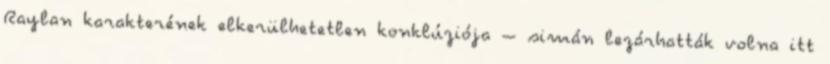
Raylan karakterének elkerülhetetlen konklúziója – simán lezárhatták volna itt